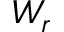
W _ { r }